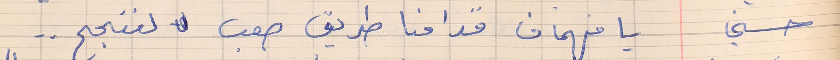
حسني     يا فهمان قدامنا طريق صعب  لننجح . .